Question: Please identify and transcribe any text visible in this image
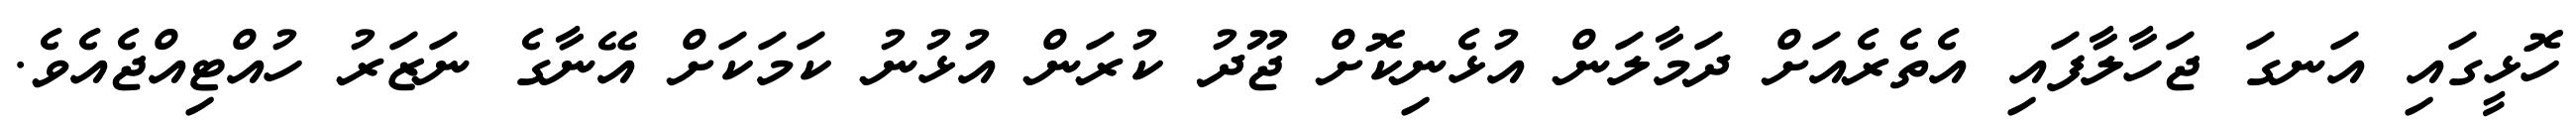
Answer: ހޮޅީގައި އަނގަ ޖަހާލާފައި އެތެރެއަށް ދަމާލަން އުޅެނިކޮށް ޖޫދު ކުރަން އުޅުނު ކަމަކަށް އޭނާގެ ނަޒަރު ހުއްޓިއްޖެއެވެ.